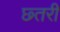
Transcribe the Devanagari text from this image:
छ्तरी